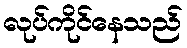
လုပ်ကိုင်နေသည်